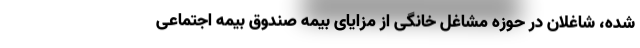
شده، شاغلان در حوزه مشاغل خانگی از مزایای بیمه صندوق بیمه اجتماعی